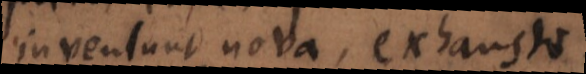
inveniunt nova, exhausto